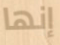
إنها